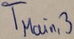
Text: TMain,3